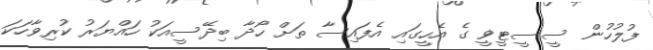
ފުލުހުން ސީސީޓީޥީ ގެ އެހީގައި އެފައިސާ ތަށް ހޯދާ ބިދޭސީއަކު ހައްޔަރު ކުރިވާހަކަ